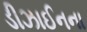
ડીઝાઈનના